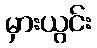
မှားယွင်း